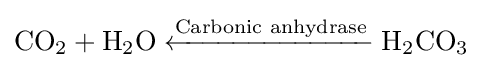
{\mathrm {CO} {\vphantom {A}}_{\smash[{t}]{2}}{}+{}\mathrm {H} {\vphantom {A}}_{\smash[{t}]{2}}\mathrm {O} {}\mathrel {\xleftarrow {\text{Carbonic anhydrase}} } {}\mathrm {H} {\vphantom {A}}_{\smash[{t}]{2}}\mathrm {CO} {\vphantom {A}}_{\smash[{t}]{3}}}